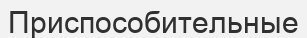
Приспособительные